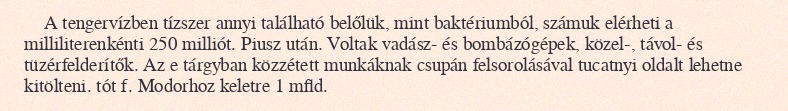
A tengervízben tízszer annyi található belőlük, mint baktériumból, számuk elérheti a milliliterenkénti 250 milliót. Piusz után. Voltak vadász- és bombázógépek, közel-, távol- és tüzérfelderítők. Az e tárgyban közzétett munkáknak csupán felsorolásával tucatnyi oldalt lehetne kitölteni. tót f. Modorhoz keletre 1 mfld.